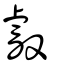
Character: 叡